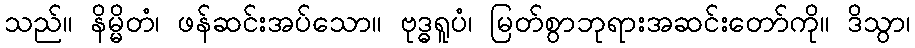
သည်။ နိမ္မိတံ၊ ဖန်ဆင်းအပ်သော။ ဗုဒ္ဓရူပံ၊ မြတ်စွာဘုရားအဆင်းတော်ကို။ ဒိသွာ၊